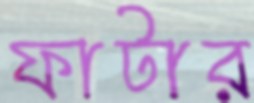
ফাটার